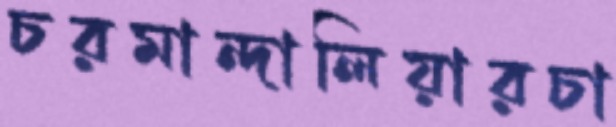
চরমান্দালিয়ারচা